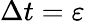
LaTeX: \Delta t=\varepsilon